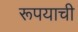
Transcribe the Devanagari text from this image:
रूपयाची